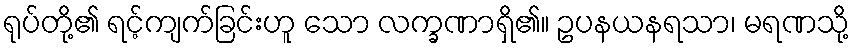
ရုပ်တို့၏ ရင့်ကျက်ခြင်းဟူ သော လက္ခဏာရှိ၏။ ဥပနယနရသာ၊ မရဏသို့